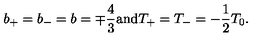
b _ { + } = b _ { - } = b = \mp \frac { 4 } { 3 } \mathrm { a n d } T _ { + } = T _ { - } = - \frac { 1 } { 2 } T _ { 0 } .